Civil Veterinary Dept. Assam report 1927-50 - 1927-1950
Year: 1927
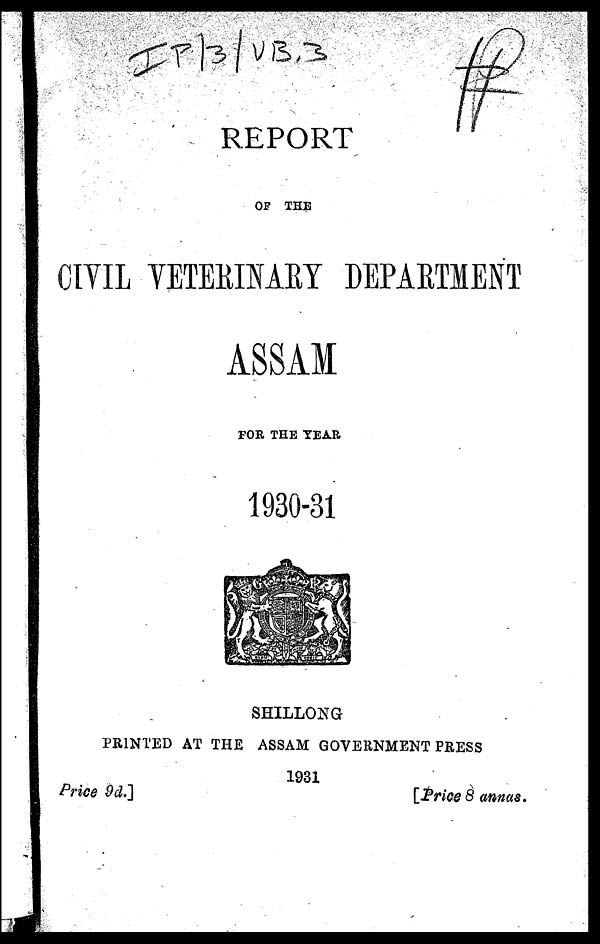
REPORT
OF THE
CIVIL VETERINARY DEPARTMENT
ASSAM
FOR THE YEAR
1930-31
SHILLONG
PRINTED AT THE ASSAM GOVERNMENT PRESS
1931
Price 9d.]
[Price 8 annas.